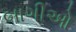
બાગીઓ